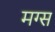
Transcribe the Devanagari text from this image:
मग्स